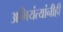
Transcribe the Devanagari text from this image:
अभियंत्यांनीही